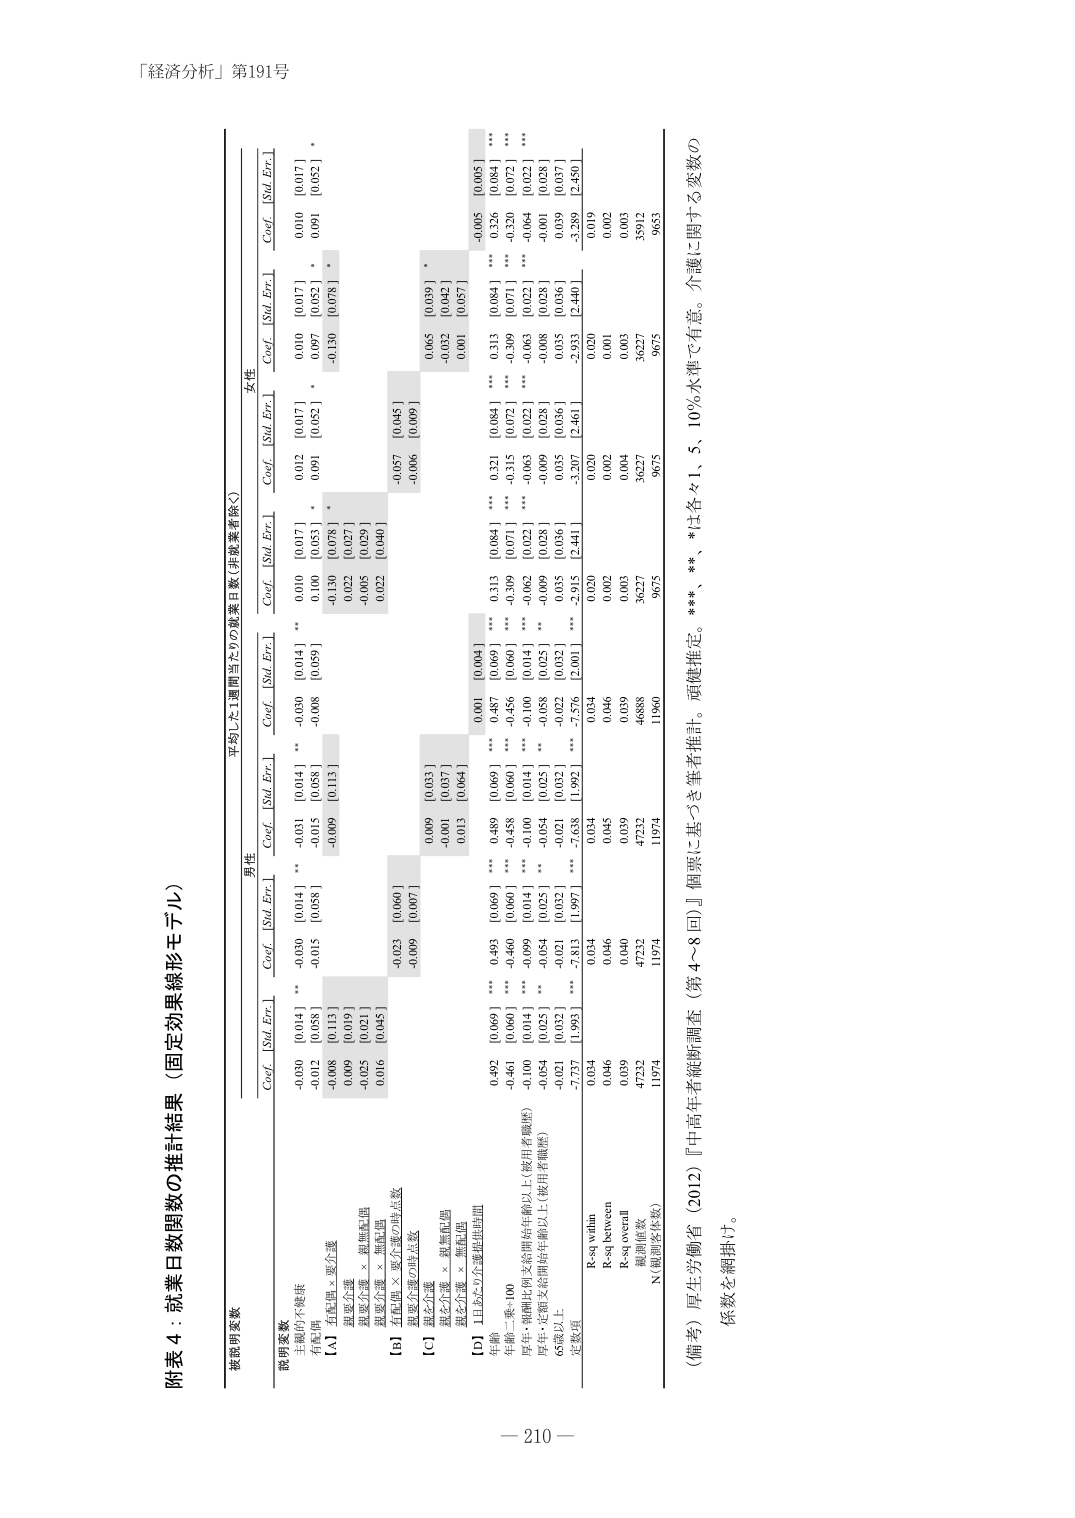
「経済分析」第191号

附表４：就業日数閾数の推計結果（固定効果線形モデル）

被説明変数

説明変数

有効性

[A] 主観的不健康 × 要介護

健康介護 × 無転転

健康介護 × 無転転

[B] 主観的不健康 × 要介護

[C] 健康介護 × 無転転

[D] 1日あたりの実際就業時間

年齢：一乗～100

年齢：就職比例支給開始年齢以上（被用者報酬）

厚生・年金支給開始年齢以上（被用者報酬）

65歳以上

定数項

R-sq within

R-sq between

R-sq overall

観測値数

N（観測値数）

男性

Coef. [Std. Err.]

-0.030 [0.041] **

-0.012 [0.058]

-0.098 [0.115]

-0.008 [0.113]

-0.025 [0.027]

0.016 [0.045]

-0.023 [0.060]

-0.009 [0.007]

0.009 [0.033]

-0.001 [0.037]

0.013 [0.064]

0.492 [0.069] ***

-0.461 [0.060] ***

-0.100 [0.041] ***

-0.054 [0.025] **

-0.021 [0.032]

-7.737 [1.993] ***

0.034

0.046

0.039

47232

11974

女性

Coef. [Std. Err.]

-0.030 [0.041] **

-0.008 [0.058]

-0.089 [0.113]

-0.130 [0.075] *

-0.022 [0.027]

-0.005 [0.029]

0.022 [0.040]

-0.057 [0.045]

-0.006 [0.009]

0.065 [0.039] *

-0.032 [0.042]

0.001 [0.057]

0.001 [0.057]

-0.010 [0.041] **

-0.010 [0.053] *

0.091 [0.052] *

-0.130 [0.078] *

-0.005 [0.039] *

-0.002 [0.042] *

0.001 [0.057]

0.321 [0.084] ***

-0.315 [0.071] ***

-0.309 [0.072] ***

-0.062 [0.022] ***

-0.009 [0.028] *

-0.035 [0.036] *

-3.307 [2.461] ***

0.020

0.002

0.003

36227

9675

平均した1週間当たりの就業日数（非就業者除く）

Coef. [Std. Err.]

0.001 [0.004]

-0.356 [0.060] ***

-0.100 [0.041] ***

-0.058 [0.025] **

-0.021 [0.032]

-7.638 [1.992] ***

0.034

0.045

0.039

47232

11974

Coef. [Std. Err.]

0.313 [0.069] ***

-0.309 [0.060] ***

-0.062 [0.014] ***

-0.058 [0.025] **

-0.022 [0.032]

-7.576 [2.001] ***

0.034

0.046

0.039

46888

11980

Coef. [Std. Err.]

-0.005 [0.005] ***

0.326 [0.084] ***

-0.320 [0.072] ***

-0.064 [0.022] ***

-0.001 [0.028] *

0.039 [0.037] *

-3.289 [2.450] ***

0.019

0.002

0.003

35912

9653

（備考）厚生労働省（2012）『中高年者継続調査（第4～8回）』個票に基づき筆者推計。頑健推定。***、**、*は各々1、5、10％水準で有意。介護に関する変数の係数を網掛け。

－210－